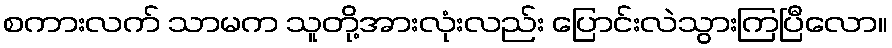
စကားလက် သာမက သူတို့အားလုံးလည်း ပြောင်းလဲသွားကြပြီလော။